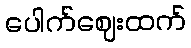
ပေါက်ဈေးထက်